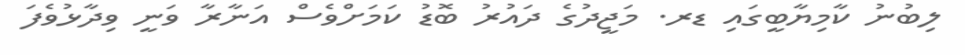
ލިބުނު ކާމިޔާބީގައި ޑރ. މަޖީދުގެ ދައުރު ބޮޑު ކަމަށްވެސް އަނާރާ ވަނީ ވިދާޅުވެފަ